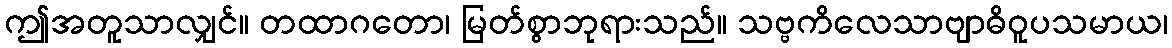
ဤအတူသာလျှင်။ တထာဂတော၊ မြတ်စွာဘုရားသည်။ သဗ္ဗကိလေသာဗျာဓိဝူပသမာယ၊